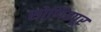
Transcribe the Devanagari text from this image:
सोणितपूर